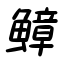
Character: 鱆